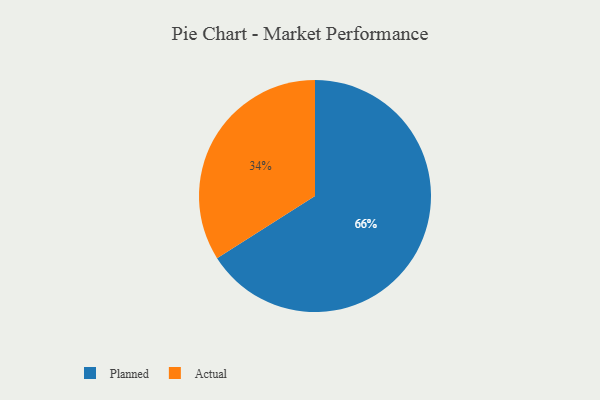
{"axis": {"x": "Category", "y": "Percentage"}, "legend": ["Actual", "Planned"], "data": [{"x": "Planned", "y": 66, "type": "Planned"}, {"x": "Actual", "y": 34, "type": "Actual"}]}